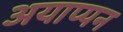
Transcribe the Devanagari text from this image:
अयाप्पन